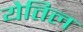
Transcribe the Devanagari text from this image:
येतिल